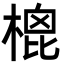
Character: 㮰